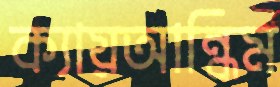
ক্যায়আন্ধিম